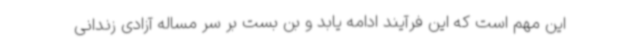
این مهم است که این فرآیند ادامه یابد و بن بست بر سر مساله آزادی زندانی